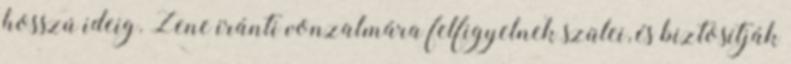
hosszú ideig. Zene iránti vonzalmára felfigyelnek szülei, és biztosítják